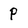
Character: p